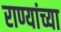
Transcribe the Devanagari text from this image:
राण्यांच्या